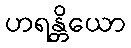
ဟရန္တိယော